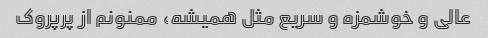
عالی و خوشمزه و سریع مثل همیشه، ممنونم از پرپروک